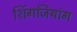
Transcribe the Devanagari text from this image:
शिंगजियांग